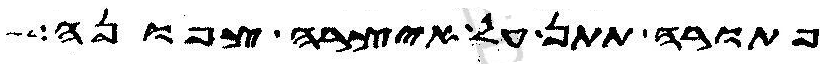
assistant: פתורה תתן על איצרה צפונה